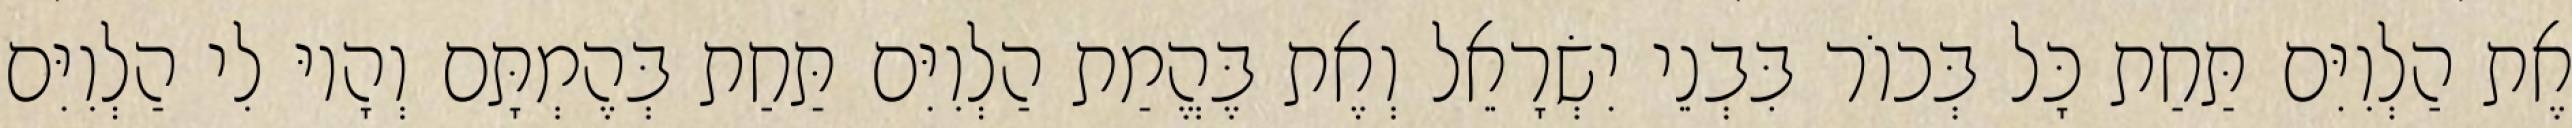
אֶת הַלְוִיִּם תַּחַת כָּל בְּכוֹר בִּבְנֵי יִשְׂרָאֵל וְאֶת בֶּהֱמַת הַלְוִיִּם תַּחַת בְּהֶמְתָּם וְהָיוּ לִי הַלְוִיִּם